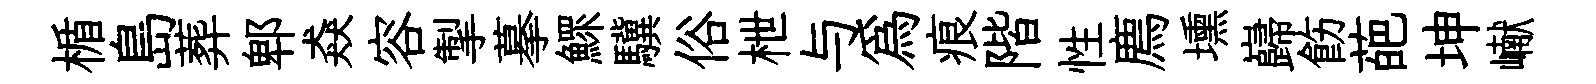
楯島葬郫猋容掣摹鰥驥俗枻与為痕階性廌壎巋飭葩坤𪩘